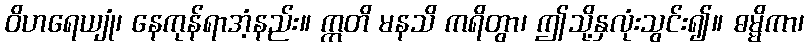
ဝိဟရေယျုံ၊ နေကုန်ရာအံ့နည်း။ ဣတိ မနသိ ကရိတွာ၊ ဤသို့နှလုံးသွင်း၍။ ဓမ္မိကာ၊